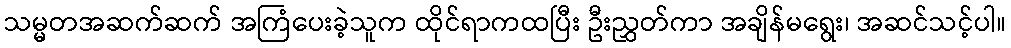
သမ္မတအဆက်ဆက် အကြံပေးခဲ့သူက ထိုင်ရာကထပြီး ဦးညွှတ်ကာ အချိန်မရွေး၊ အဆင်သင့်ပါ။